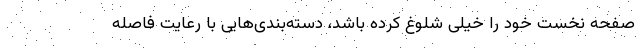
صفحه نخست خود را خیلی شلوغ کرده باشد، دسته‌بندی‌هایی با رعایت فاصله‌